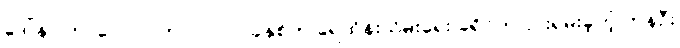
ဒေါ်နာ ကာလေလ် ဟာ ၂၀၁၇ ခုနှစ်က ရေထိန်းသိမ်းရေး ခရိုင်က ငှားရမ်းခဲ့တဲ့ ကနဦး